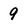
Character: 9